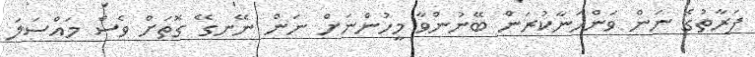
ފަރާތުގެ ނަން ވަންހަނާކުރަން ބޭނުންވާ މީހުންނަށް ނަން ނޭނގޭ ގޮތަށް ވެސް މައްސަލަ